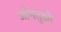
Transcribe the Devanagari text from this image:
आँगंतुको